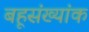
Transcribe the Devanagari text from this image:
बहूसंख्यांक